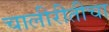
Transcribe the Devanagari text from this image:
चालीरीतीचा